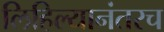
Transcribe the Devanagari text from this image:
लिहिल्यानंतरच